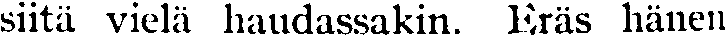
siitä vielä haudassakin. Eräs hänen